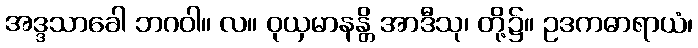
အဒ္ဒသာခေါ ဘဂဝါ။ လ။ ဝုယှမာနန္တိ အာဒီသု၊ တို့၌။ ဥဒကဓာရာယံ၊